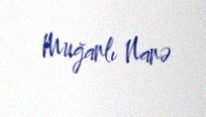
Muğanlı Nanə